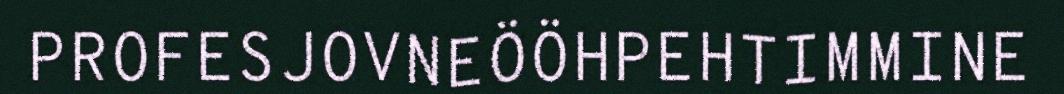
PROFESJOVNEÖÖHPEHTIMMINE